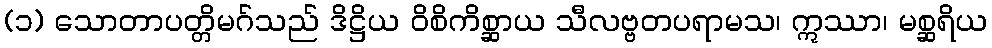
(၁) သောတာပတ္တိမဂ်သည် ဒိဋ္ဌိယ ဝိစိကိစ္ဆာယ သီလဗ္ဗတပရာမသ၊ ဣဿာ၊ မစ္ဆရိယ